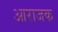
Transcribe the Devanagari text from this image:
आराजक